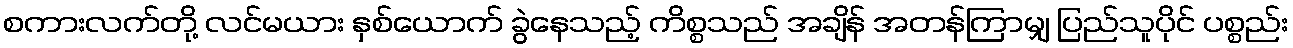
စကားလက်တို့ လင်မယား နှစ်ယောက် ခွဲနေသည့် ကိစ္စသည် အချိန် အတန်ကြာမျှ ပြည်သူပိုင် ပစ္စည်း